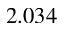
2 . 0 3 4